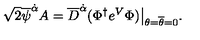
\sqrt { 2 } \overline { \psi } ^ { \dot { \alpha } } A = \overline { D } ^ { \dot { \alpha } } ( \Phi ^ { \dagger } e ^ { V } \Phi ) \bigr | _ { \theta = \overline { \theta } = 0 } .